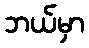
ဘယ်မှာ